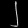
Digit: ၂